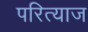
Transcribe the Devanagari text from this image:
परित्याज